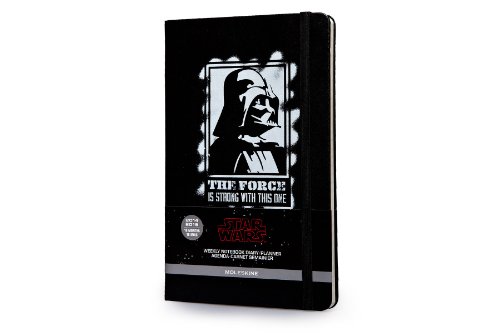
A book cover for Moleskine 2014-2015 Star Wars Limited Edition Weekly Notebook, 18M, Large, Black, Hard Cover (5 x 8.25) (Moleskine Star Wars); Moleskine; Calendars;